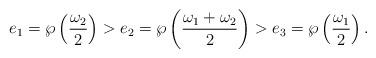
LaTeX: \begin{align*} e_1=\wp\left(\frac{\omega_2}{2}\right)>e_2=\wp\left(\frac{\omega_1+\omega_2}{2}\right)>e_3=\wp\left(\frac{\omega_1}{2}\right).\end{align*}